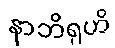
နာဘိရုဟိ